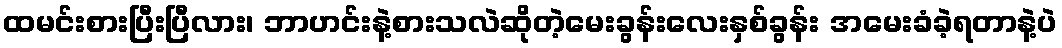
ထမင်းစားပြီးပြီလား၊ ဘာဟင်းနဲ့စားသလဲဆိုတဲ့မေးခွန်းလေးနှစ်ခွန်း အမေးခံခဲ့ရတာနဲ့ပဲ